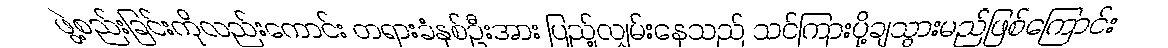
ဖွဲ့စည်းခြင်းကိုလည်းကောင်း တရားခံနှစ်ဦးအား ပြည့်လျှမ်းနေသည် သင်ကြားပို့ချသွားမည်ဖြစ်ကြောင်း